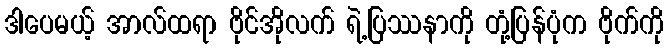
ဒါပေမယ့် အာလ်ထရာ ဗိုင်အိုလက် ရဲ့ပြဿနာကို တုံ့ပြန်ပုံက ဗိုက်ကို